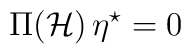
\Pi({\mathcal{H}})\, \eta^\star =0